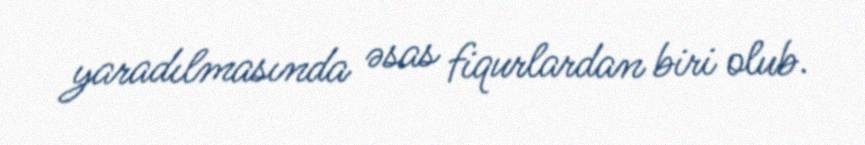
yaradılmasında əsas fiqurlardan biri olub.